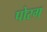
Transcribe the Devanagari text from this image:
पोरग